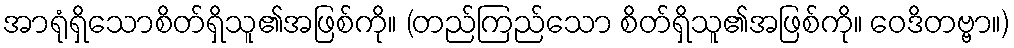
အာရုံရှိသောစိတ်ရှိသူ၏အဖြစ်ကို။ (တည်ကြည်သော စိတ်ရှိသူ၏အဖြစ်ကို။ ဝေဒိတဗ္ဗာ။)